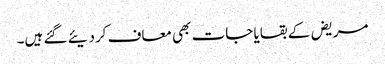
مریض کے بقایا جات بھی معاف کردیئے گئے ہیں۔